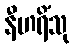
နီဟရိံသု